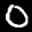
Label: 0